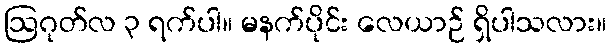
ဩဂုတ်လ ၃ ရက်ပါ။ မနက်ပိုင်း လေယာဉ် ရှိပါသလား။